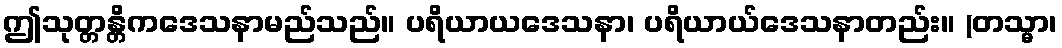
ဤသုတ္တန္တိကဒေသနာမည်သည်။ ပရိယာယဒေသနာ၊ ပရိယာယ်ဒေသနာတည်း။ (တသ္မာ၊